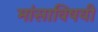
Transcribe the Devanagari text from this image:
मांसाविषयी